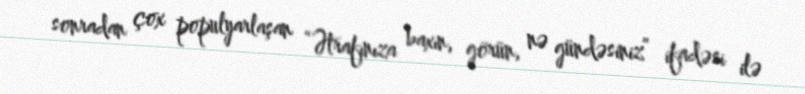
sonradan çox populyarlaşan “Ətrafınıza baxın, görün, nə gündəsiniz” ifadəsi ilə